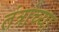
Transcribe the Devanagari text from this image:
तंत्रांच्या